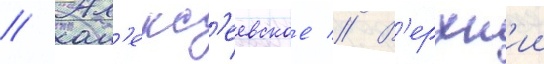
// Ал'екс'еевское // В'ерхн'ии